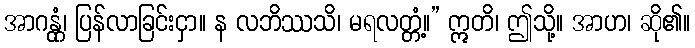
အာဂန္တုံ၊ ပြန်လာခြင်းငှာ။ န လဘိဿသိ၊ မရလတ္တံ့။” ဣတိ၊ ဤသို့။ အာဟ၊ ဆို၏။